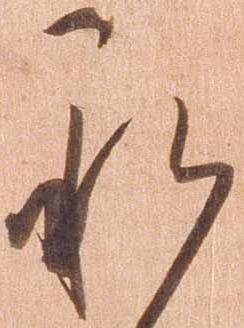
承